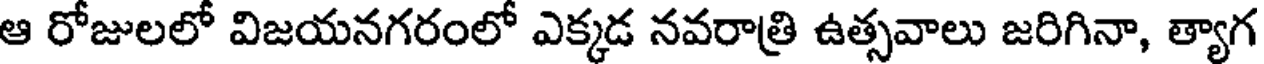
ఆ రోజులలో విజయనగరంలో ఎక్కడ నవరాత్రి ఉత్సవాలు జరిగినా, త్యాగ